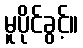
မူပိုင်ခွင့်။